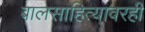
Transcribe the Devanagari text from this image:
बालसाहित्यावरही